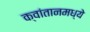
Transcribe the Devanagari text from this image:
क्वांतानमध्ये